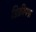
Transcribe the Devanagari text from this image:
डिक्रीपश्न